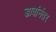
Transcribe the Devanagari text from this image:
डावांनंतर